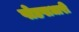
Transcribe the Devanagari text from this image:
षोडषाधारी